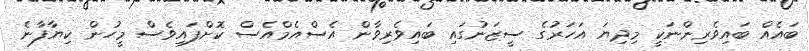
ބައެއް ބައިވެރިންނަކީ މިދިޔަ އަހަރުގެ ސީޒަނުގައި ބައިވެރިވާން އެސްއެމްއެސް ކޮށްފައިވެސް މީހުން ކިޔާފާނެ